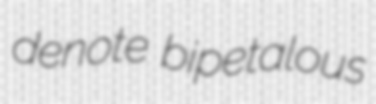
denote bipetalous